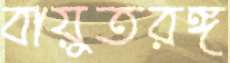
বায়ুতরঙ্গ